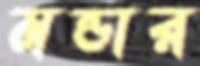
মন্ডার